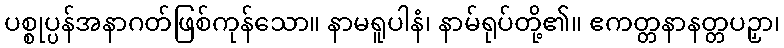
ပစ္စုပ္ပန်အနာဂတ်ဖြစ်ကုန်သော။ နာမရူပါနံ၊ နာမ်ရုပ်တို့၏။ ဧကတ္တနာနတ္တပဉှာ၊